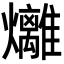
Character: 𪺇